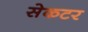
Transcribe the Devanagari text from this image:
सेकटर